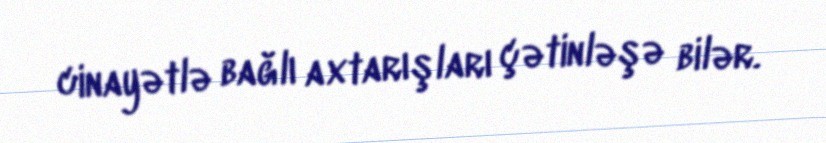
cinayətlə bağlı axtarışları çətinləşə bilər.